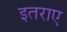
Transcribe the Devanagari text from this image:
इतराए